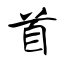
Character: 首